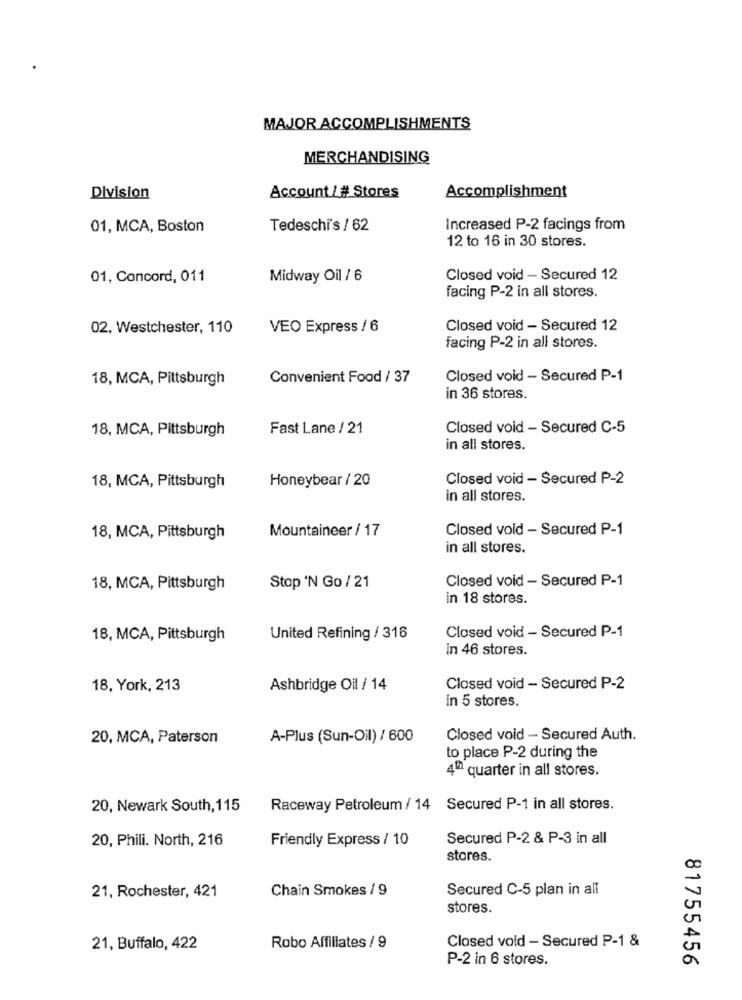
MAJOR ACCOMPLISHMENTS
MERCHANDISING
Accomplishment
Division
Account / # Stores
01, MCA, Boston
Tedeschi's / 62
Increased P-2 facings from
12 to 16 in 30 stores.
01, Concord, 011
Midway Oil / 6
Closed void - Secured 12
facing P-2 in all stores.
02, Westchester, 110
VEO Express / 6
Closed void - Secured 12
facing P-2 in all stores.
18, MCA, Pittsburgh
Convenient Food / 37
Closed void - Secured P-1
in 36 stores.
18, MCA, Pittsburgh
Fast Lane / 21
Closed void - Secured C-5
in all stores.
Honeybear / 20
Closed void - Secured P-2
18, MCA, Pittsburgh
in all stores.
Mountaineer / 17
Closed void - Secured P-1
18, MCA, Pittsburgh
in all stores.
Closed void - Secured P-1
18, MCA, Pittsburgh
Stop 'N Go / 21
in 18 stores.
Closed void - Secured P-1
18, MCA, Pittsburgh
United Refining / 316
in 46 stores.
18, York, 213
Ashbridge Oil / 14
Closed void - Secured P-2
in 5 stores.
20, MCA, Paterson
A-Plus (Sun-Oil) / 600
Closed void - Secured Auth.
to place P-2 during the
4º quarter in all stores.
20, Newark South, 115
Raceway Petroleum / 14 Secured P-1 in all stores.
20, Phili. North, 216
Friendly Express / 10
Secured P-2 & P-3 in all
stores.
21, Rochester, 421
Chain Smokes / 9
Secured C-5 plan in all
stores.
21, Buffalo, 422
Robo Affiliates / 9
Closed void - Secured P-1 &
P-2 in 6 stores.
81755456